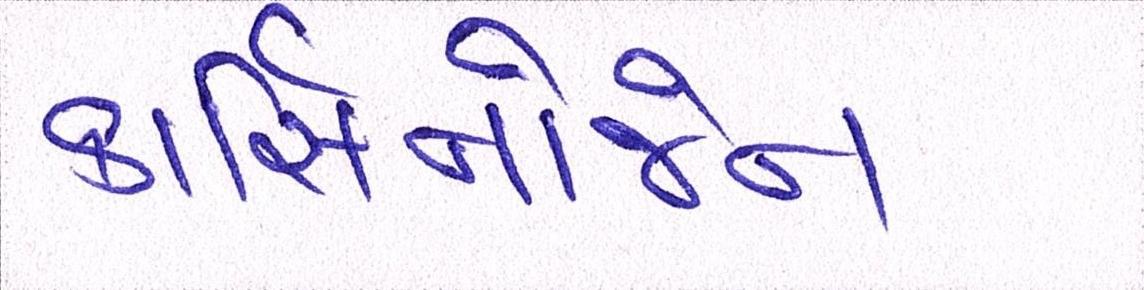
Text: કાર્સિનોજેન